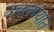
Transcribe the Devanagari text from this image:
उचलण्‍यात